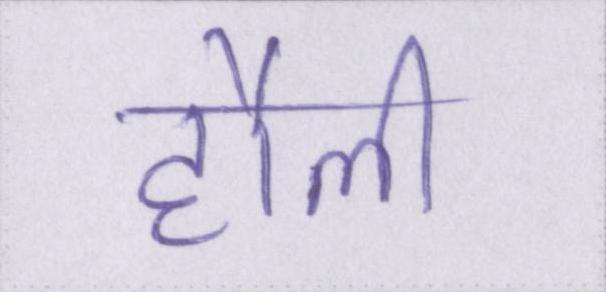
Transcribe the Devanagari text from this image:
हौली